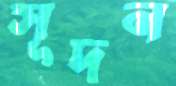
সূদন